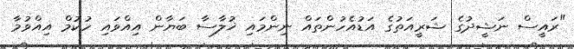
"ރައީސް ނަޝީދުގެ ޝަރީއަތުގެ އަޑުއެހުންތައް ނިންމައި ޚުލާސާ ބަޔާން އިއްވައި ހުކުމް އިއްވުމާ